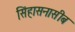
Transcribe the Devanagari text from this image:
सिंहासनासीब